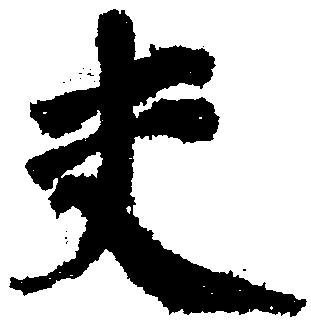
夫